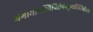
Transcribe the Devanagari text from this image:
गंगायामस्थिनिक्षेपंनकुर्यादितिगौतमः